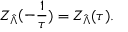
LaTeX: Z _ { \hat { \Lambda } } ( - \frac 1 \tau ) = Z _ { \hat { \Lambda } } ( \tau ) .